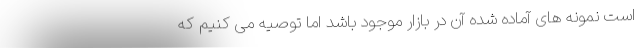
است نمونه های آماده شده آن در بازار موجود باشد اما توصیه می کنیم که